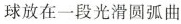
球放在一段光滑圆弧曲